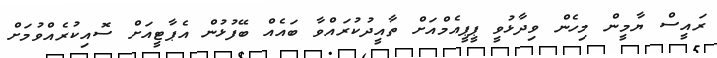
ރައީސް ޔާމީން މިހެން ވިދާޅުވީ ޕީޕީއެމްއަށް ތާއީދުކުރައްވާ ބައެއް ބޭފުޅުން އެޕާޓީއަށް ސޮއިކުރެއްވުމަށް